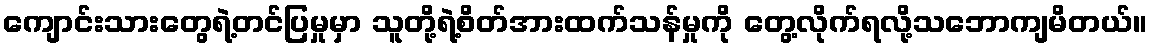
ကျောင်းသားတွေရဲ့တင်ပြမှုမှာ သူတို့ရဲ့စိတ်အားထက်သန်မှုကို တွေ့လိုက်ရလို့သဘောကျမိတယ်။